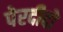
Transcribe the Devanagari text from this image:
पेरदीदो